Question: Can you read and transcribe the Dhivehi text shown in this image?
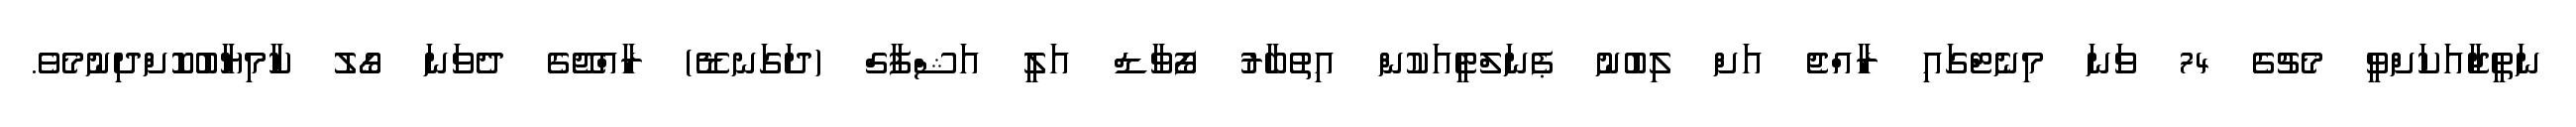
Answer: ނަތީޖާއަކަށްވީ މެޗުގެ 74 ވަނަ މިނެޓްގައި ރާއްޖެ އަށް ލިބުނު ޕެނަލްޓީއަކުން އިތުބާރު ފޯވާޑް އަލީ އަޝްފާގް (ދަގަނޑޭ) ރާއްޖޭގެ ދެވަނަ ގޯލު ކާމިޔާބުކޮށްދިނުމެވެ.